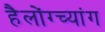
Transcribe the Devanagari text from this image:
हैलोंग्च्यांग